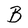
Character: B